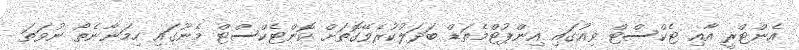
އެންޓްރީ އާއި ޓެކްސްޓް ވިއުގައި އިންޕުޓްމެތަޑް ބަދަލުކުރެވޭގޮތަށް ކޮންޓެކްސްޓް މެނޫގައި ހިމަނާނެތޯ ނުވަތަ